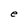
Character: e